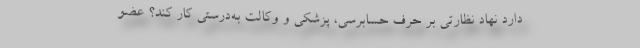
دارد نهاد نظارتی بر حرف حسابرسی، پزشكی و وكالت به‌درستی كار كند؟ عضو